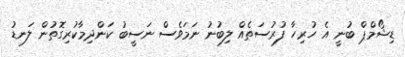
ޑިޝޯމްޕް ބުނީ އެ ހުރިހާ ފުރުސަތެއް ލިބުނު ނަމަވެސް ނަސީބު ކަންދިމާކުރިގޮތުން ލަނޑު